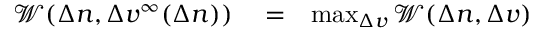
\begin{array} { r l r } { \mathcal { W } ( \Delta n , \Delta v ^ { \infty } ( \Delta n ) ) } & { { } = } & { \operatorname* { m a x } _ { \Delta v } \mathcal { W } ( \Delta n , \Delta v ) } \end{array}